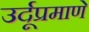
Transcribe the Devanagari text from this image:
उर्दूप्रमाणे